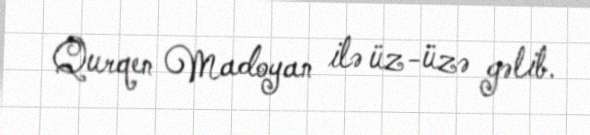
Qurqen Madoyan ilə üz-üzə gəlib.